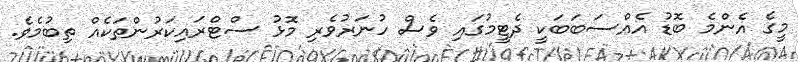
މީގެ އެންމެ ބޮޑު އެއްސަބަބަކީ ދެޓީމުގައި ވެސް ހުނަރުވެރި މޮޅު ސްޓްރައިކަރުންތަކެއް ތިބުމެވެ.